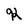
Character: K